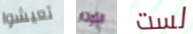
تعيشوا الأوتار لست